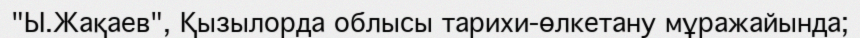
"Ы.Жақаев", Қызылорда облысы тарихи-өлкетану мұражайында;